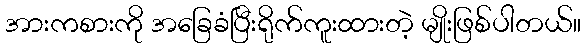
အားကစားကို အခြေခံပြီးရိုက်ကူးထားတဲ့ မျိုးဖြစ်ပါတယ်။